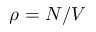
\rho = N / V